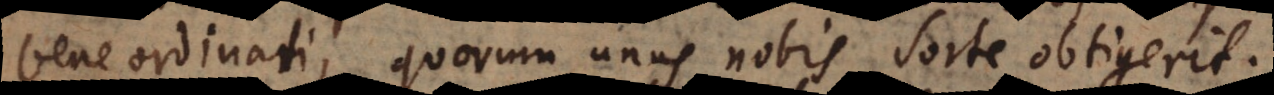
bene ordinati, quorum unus nobis sorte obtigerit.